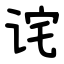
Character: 诧